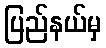
ပြည်နယ်မှ